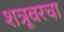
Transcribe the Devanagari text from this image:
शत्रूवरचा